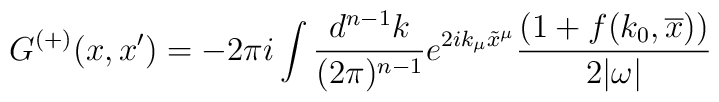
G^{(+)}(x,x') = -2\pi i\int \frac{d^{n-1}k}{(2\pi)^{n-1}}e^{2ik_\mu\tilde x^\mu}\frac{(1+f(k_0,\overline x))}{2|\omega|}